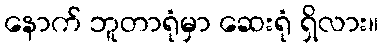
နောက် ဘူတာရုံမှာ ဆေးရုံ ရှိလား။